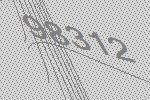
98312